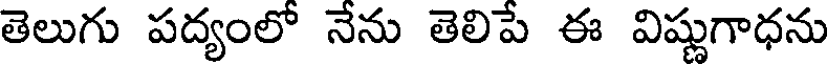
తెలుగు పద్యంలో నేను తెలిపే ఈ విష్ణుగాధను